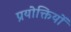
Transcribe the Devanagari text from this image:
प्रयोक्तियों